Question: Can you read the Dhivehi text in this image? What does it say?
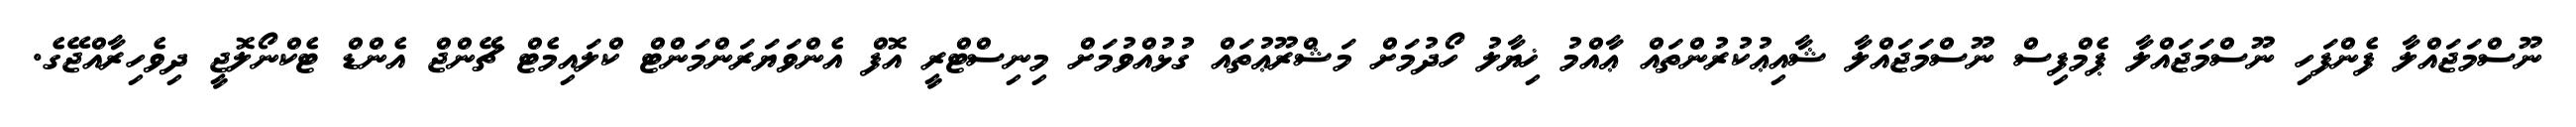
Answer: ނޫސްމަޖައްލާ ފެންފަހި ނޫސްމަޖައްލާ ޕެމްފިސް ނޫސްމަޖައްލާ ޝާއިޢުކުރުންތައް ޢާއްމު ޚިޔާލު ހޯދުމަށް މަޝްރޫޢުތައް ގުޅުއްވުމަށް މިނިސްޓްރީ އޮފް އެންވަޔަރަންމަންޓް ކްލައިމެޓް ޗޭންޖް އެންޑް ޓެކްނޯލޮޖީ ދިވެހިރާއްޖޭގެ.